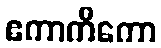
ဧကာကိကော